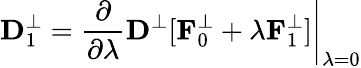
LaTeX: {\mathbf D}_{1}^{\perp}=\left.\frac{\partial}{\partial\lambda}{\mathbf D}^{\perp}[{\mathbf F}_{0}^{\perp}+\lambda{\mathbf F}_{1}^{\perp}]\right\vert_{\lambda=0}